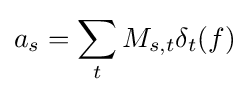
a_{s}=\sum _{t}M_{s,t}\delta _{t}(f)